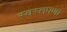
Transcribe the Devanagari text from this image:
स्वस्तपणा